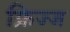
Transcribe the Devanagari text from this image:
फ्रिज्ज